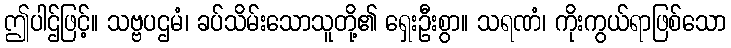
ဤပါဌ်ဖြင့်။ သဗ္ဗပဌမံ၊ ခပ်သိမ်းသောသူတို့၏ ရှေးဦးစွာ။ သရဏံ၊ ကိုးကွယ်ရာဖြစ်သော